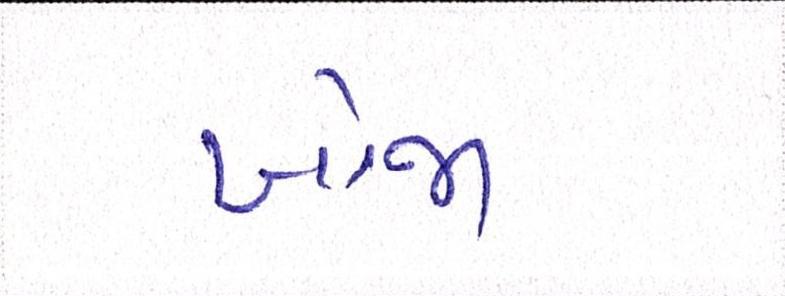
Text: ખોજા